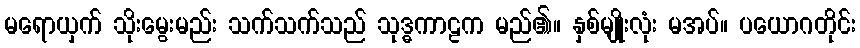
မရောယှက် သိုးမွေးမည်း သက်သက်သည် သုဒ္ဓကာဠက မည်၏။ နှစ်မျိုးလုံး မအပ်။ ပယောဂတိုင်း